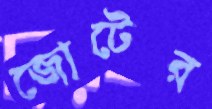
জোটের